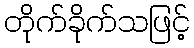
တိုက်ခိုက်သဖြင့်